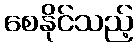
စေနိုင်သည့်